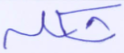
شكله